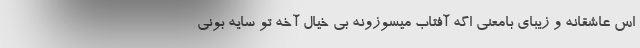
اس عاشقانه و زیبای بامعنی اگه آفتاب میسوزونه بی خیال آخه تو سایه بونی